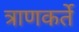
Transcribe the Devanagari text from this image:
त्राणकर्ते